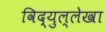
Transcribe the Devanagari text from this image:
विद्युल्लेखा